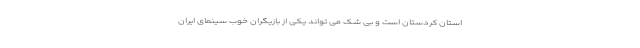
استان کردستان است و بی شک می تواند یکی از بازیگران خوب سینمای ایران